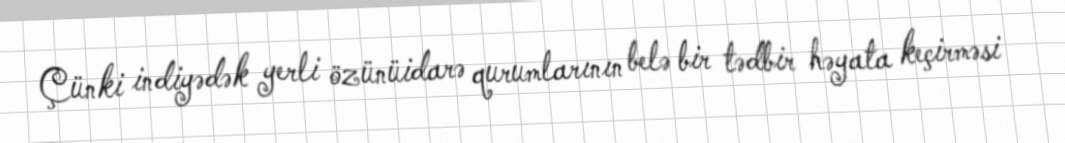
Çünki indiyədək yerli özünüidarə qurumlarının belə bir tədbir həyata keçirməsi